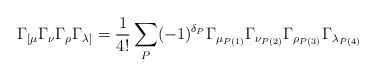
\begin{align*}\Gamma_{[\mu}\Gamma_{\nu}\Gamma_{\rho}\Gamma_{\lambda]}=\frac{1}{4!}\sum_P(-1)^{\delta_P}\Gamma_{\mu_{P(1)}}\Gamma_{\nu_{P(2)}}\Gamma_{\rho_{P(3)}}\Gamma_{\lambda_{P(4)}}\end{align*}